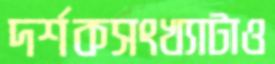
দর্শকসংখ্যাটাও